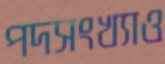
পদসংখ্যাও